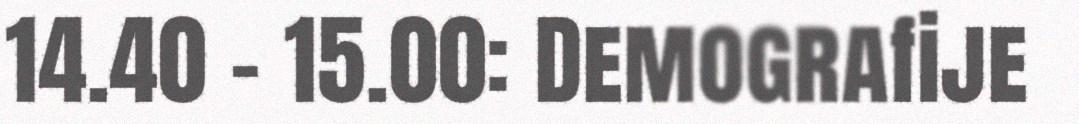
14.40 – 15.00: Demografije